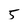
Character: 5